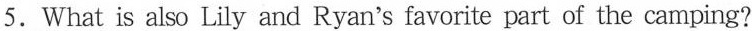
5.What is also Lily and Ryan's favorite part of the camping?